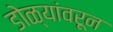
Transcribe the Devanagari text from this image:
डोळ्यांवरून